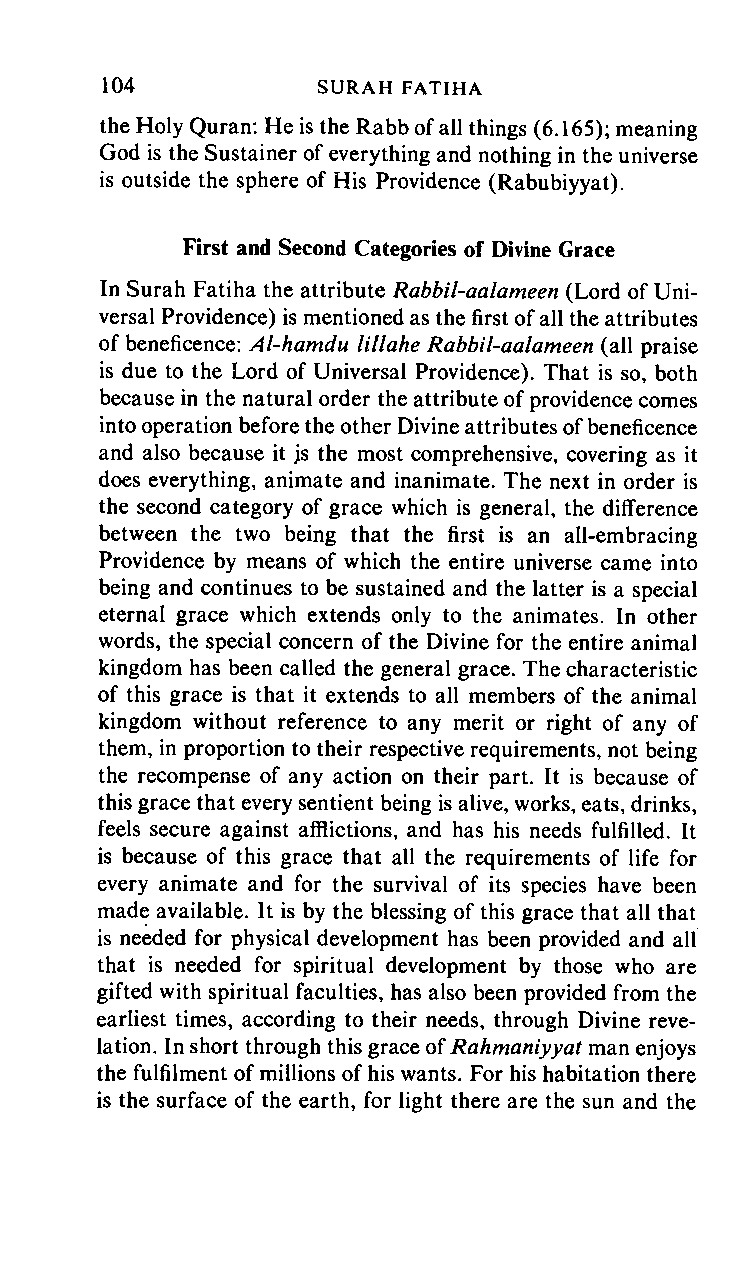
104    SURAH      FATIHA
 the Holy Quran: He is the Rabb of all things (6.165); meaning
 God is the Sustainer of everything and nothing in the universe
 is outside the sphere of His Providence (Rabubiyyat).
 First and Second Categories of Divine Grace
 In Surah Fatiha the attribute Rabbil-aalameen (Lord of Uni
 versal Providence) is mentioned as the first of all the attributes
 of beneficence: Al-hamdu lillahe Rabbil-aalameen (all praise
 is due to the Lord of Universal Providence). That is so, both
 because in the natural order the attribute of providence comes
 into operation before the other Divine attributes of beneficence
 and also because it js the most comprehensive, covering as it
 does everything, animate and inanimate. The next in order is
 the second category of grace which is general, the difference
 between the two being that the first is an all-embracing
 Providence by means of which the entire universe came into
 being and continues to be sustained and the latter is a special
 eternal grace which extends only to the animates. In other
 words, the special concern of the Divine for the entire animal
 kingdom has been called the general grace. The characteristic
 of this grace is that it extends to all members of the animal
 kingdom without reference to any merit or right of any of
 them, in proportion to their respective requirements, not being
 the recompense of any action on their part. It is because of
 this grace that every sentient being is alive, works, eats, drinks,
 feels secure against afflictions, and has his needs fulfilled. It
 is because of this grace that all the requirements of life for
 every animate and for the survival of its species have been
 made available. It is by the blessing of this grace that all that
 is needed for physical development has been provided and all
 that is needed for spiritual development by those who are
 gifted with spiritual faculties, has also been provided from the
 earliest times, according to their needs, through Divine reve
 lation. In short through this grace oi Rahmaniyyat man enjoys
 the fulfilment of millions of his wants. For his habitation there
 is the surface of the earth, for light there are the sun and the